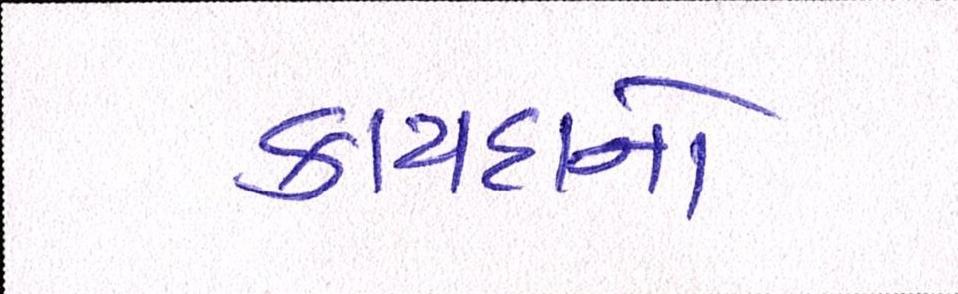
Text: કાયદાનો